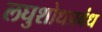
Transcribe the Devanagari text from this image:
लघुशोधप्रबंध